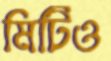
মিটিও